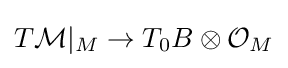
T{\mathcal {M}}|_{M}\to T_{0}B\otimes {\mathcal {O}}_{M}